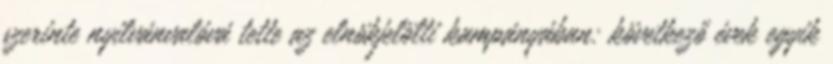
szerinte nyilvánvalóvá tette az elnökjelölti kampányában: következő évek egyik